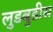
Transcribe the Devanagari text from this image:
लुडबुडीस